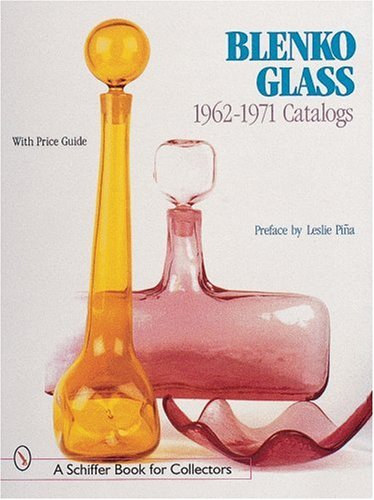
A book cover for Blenko Glass, 1962-1971 Catalogs: 1962-1971 (A Schiffer Book for Collectors); Leslie A. Pina; Crafts, Hobbies & Home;